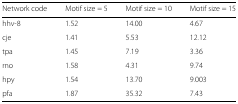
<table><thead><tr><td><b>Network code</b></td><td><b>Motif size = 5</b></td><td><b>Motif size = 10</b></td><td><b>Motif size = 15</b></td></tr></thead><tbody><tr><td>hhv-8</td><td>1.52</td><td>14.00</td><td>4.67</td></tr><tr><td>cje</td><td>1.41</td><td>5.53</td><td>12.12</td></tr><tr><td>tpa</td><td>1.45</td><td>7.19</td><td>3.36</td></tr><tr><td>rno</td><td>1.58</td><td>4.31</td><td>9.74</td></tr><tr><td>hpy</td><td>1.54</td><td>13.70</td><td>9.003</td></tr><tr><td>pfa</td><td>1.87</td><td>35.32</td><td>7.43</td></tr></tbody></table>